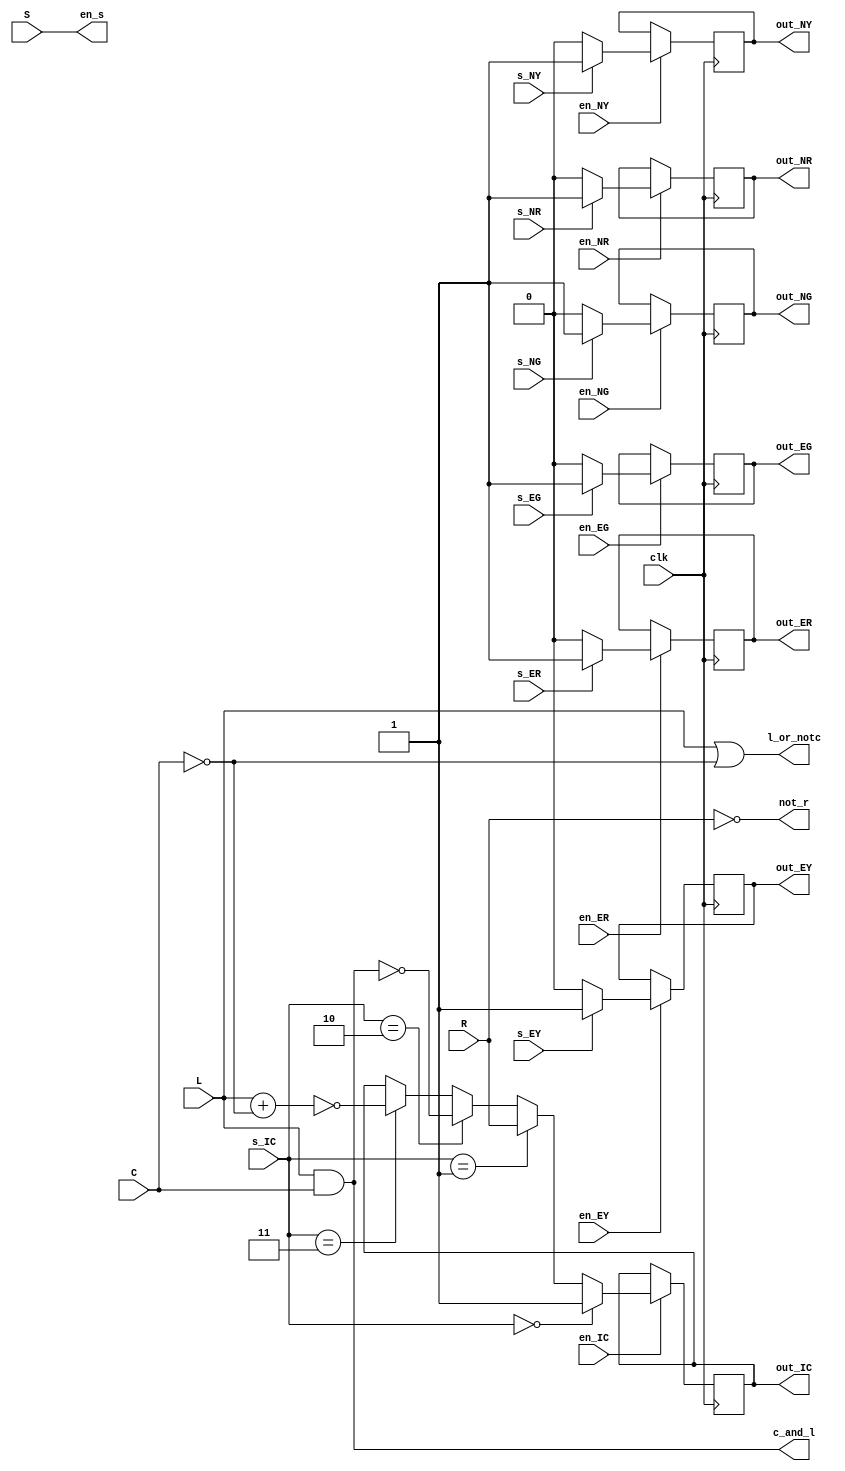
module final_datapath (
	input R,
	input C,
	input S,
	input L,
	input clk,
	input s_NR,
	input en_NR,
	input s_NG,
	input en_NG,
	input s_NY,
	input en_NY,
	input s_ER,
	input en_ER,
	input s_EG,
	input en_EG,
	input s_EY,
	input en_EY,
	input [1:0]s_IC,
	input en_IC,
	output reg out_NR,
	output reg out_NG,
	output reg out_NY,
	output reg out_ER,
	output reg out_EG,
	output reg out_EY,
	output reg out_IC,
	output not_r,
	output c_and_l,
	output en_s,
	output l_or_notc
	);

	always @(posedge clk)
		if (en_NR)
			if (s_NR == 0)
				out_NR <= 0;
			else if (s_NR == 1)
				out_NR <= 1;
	always @(posedge clk)
		if (en_NG)
			if (s_NG == 0)
				out_NG <= 0;
			else if (s_NG == 1)
				out_NG <= 1;
	always @(posedge clk)
		if (en_NY)
			if (s_NY == 0)
				out_NY <= 0;
			else if (s_NY == 1)
				out_NY <= 1;
	always @(posedge clk)
		if (en_ER)
			if (s_ER == 0)
				out_ER <= 0;
			else if (s_ER == 1)
				out_ER <= 1;
	always @(posedge clk)
		if (en_EG)
			if (s_EG == 0)
				out_EG <= 0;
			else if (s_EG == 1)
				out_EG <= 1;
	always @(posedge clk)
		if (en_EY)
			if (s_EY == 0)
				out_EY <= 0;
			else if (s_EY == 1)
				out_EY <= 1;
	always @(posedge clk)
		if (en_IC)  //Inverse everything because that is the input to counter.
			if (s_IC == 2'b00)
				out_IC <= 1;
			else if (s_IC == 2'b01)
				out_IC <= R;
			else if (s_IC == 2'b10)
				out_IC <= ~(L & C);
			else if (s_IC == 2'b11)
				out_IC <= ~(L + ~C);

	assign not_r = ~R;
	assign c_and_l = C & L;
	assign en_s = S;
	assign l_or_notc = L | ~C;

endmodule